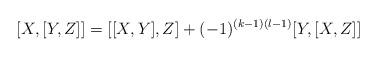
LaTeX: \begin{align*}[X,[Y,Z]]=[[X,Y],Z]+(-1)^{(k-1)(l-1)}[Y,[X,Z]]\end{align*}